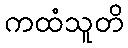
ကထံသူတိ